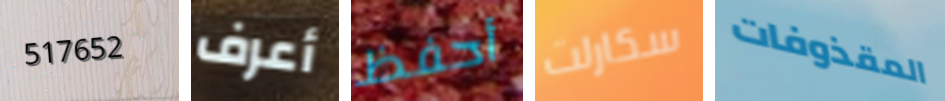
517652 أعرف أحفظ سكارلت المقذوفات